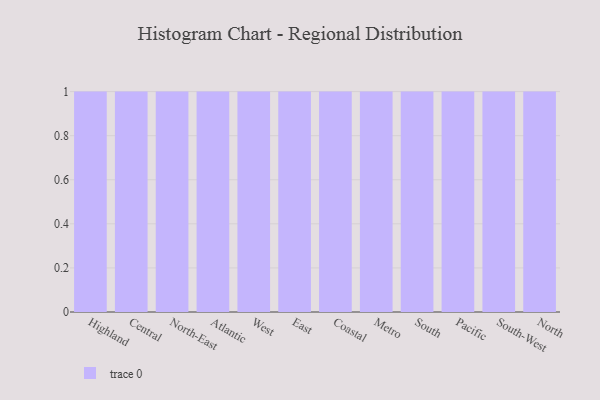
{"axis": {"x": "Region", "y": "Production Output"}, "legend": [""], "data": [{"x": "Highland", "y": 25, "type": ""}, {"x": "Central", "y": 51, "type": ""}, {"x": "North-East", "y": 94, "type": ""}, {"x": "Atlantic", "y": 48, "type": ""}, {"x": "West", "y": 33, "type": ""}, {"x": "East", "y": 24, "type": ""}, {"x": "Coastal", "y": 82, "type": ""}, {"x": "Metro", "y": 73, "type": ""}, {"x": "South", "y": 85, "type": ""}, {"x": "Pacific", "y": 9, "type": ""}, {"x": "South-West", "y": 85, "type": ""}, {"x": "North", "y": 67, "type": ""}]}